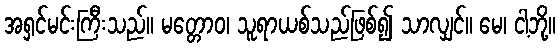
အရှင်မင်းကြီးသည်။ မတ္တောဝ၊ သူရာယစ်သည်ဖြစ်၍ သာလျှင်။ မေ၊ ငါ့ဘို့။